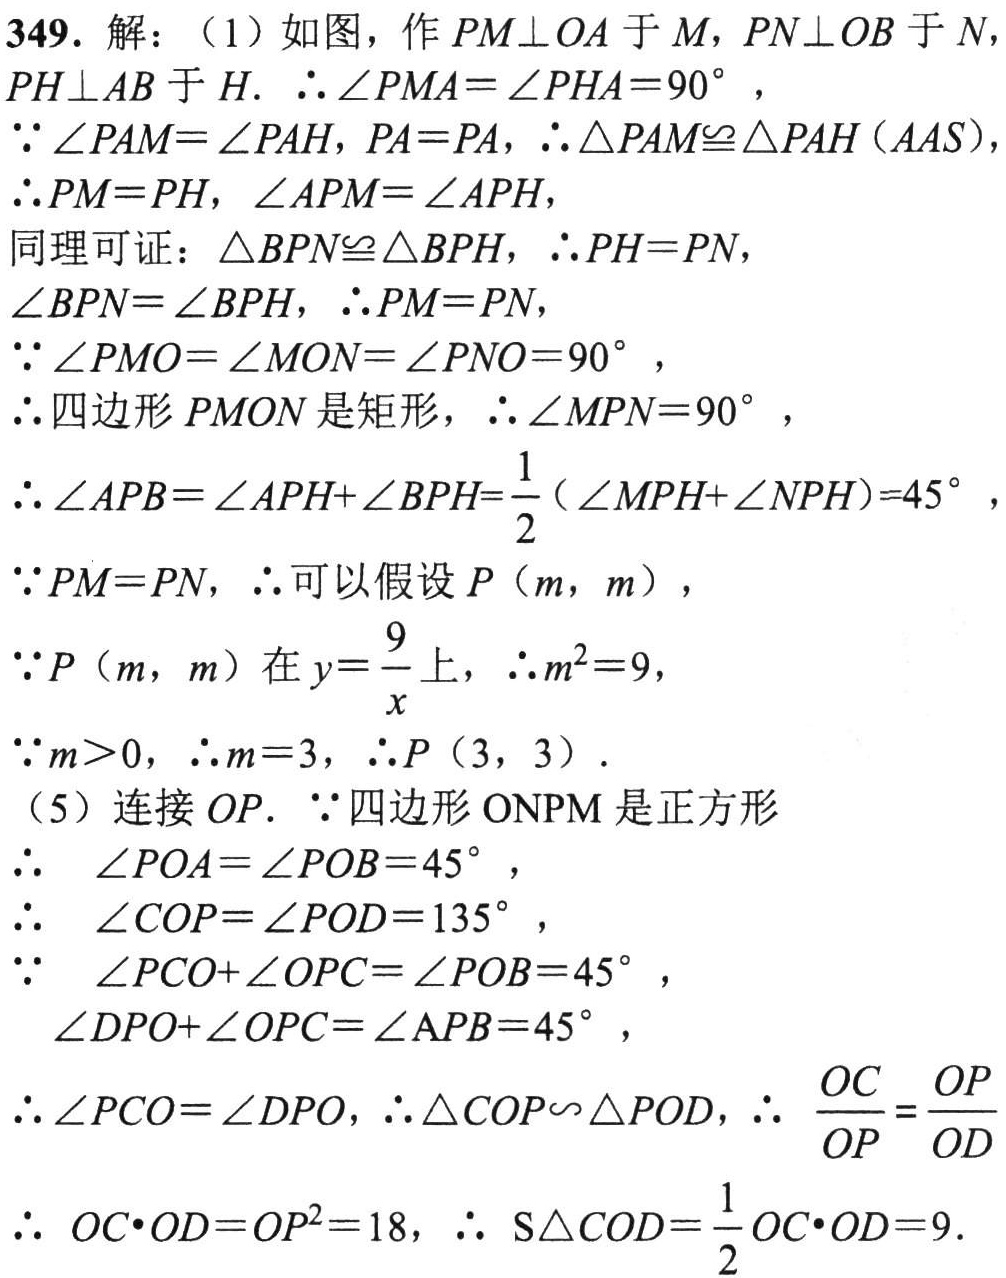
349. 解：（1）如图，作 \(PM\perp OA\) 于 \(M\)，\(PN\perp OB\) 于 \(N\)，\(PH\perp AB\) 于 \(H\). \(\therefore\angle PMA = \angle PHA = 90^{\circ}\)，

\(\because\angle PAM=\angle PAH\)，\(PA = PA\)，\(\therefore\triangle PAM\cong\triangle PAH(AAS)\)，

\(\therefore PM = PH\)，\(\angle APM=\angle APH\)，

同理可证：\(\triangle BPN\cong\triangle BPH\)，\(\therefore PH = PN\)，

\(\angle BPN=\angle BPH\)，\(\therefore PM = PN\)，

\(\because\angle PMO=\angle MON=\angle PNO = 90^{\circ}\)，

\(\therefore\)四边形 \(PMON\) 是矩形，\(\therefore\angle MPN = 90^{\circ}\)，

\(\therefore\angle APB=\angle APH+\angle BPH=\frac{1}{2}(\angle MPH+\angle NPH)=45^{\circ}\)，

\(\because PM = PN\)，\(\therefore\)可以假设 \(P(m,m)\)，

\(\because P(m,m)\) 在 \(y = \frac{9}{x}\) 上，\(\therefore m^{2}=9\)，

\(\because m>0\)，\(\therefore m = 3\)，\(\therefore P(3,3)\).

（5）连接 \(OP\). \(\because\)四边形 \(ONPM\) 是正方形

\(\therefore\) \(\angle POA=\angle POB = 45^{\circ}\)，

\(\therefore\) \(\angle COP=\angle POD = 135^{\circ}\)，

\(\because\) \(\angle PCO+\angle OPC=\angle POB = 45^{\circ}\)，

\(\angle DPO+\angle OPC=\angle APB = 45^{\circ}\)，

\(\therefore\angle PCO=\angle DPO\)，\(\therefore\triangle COP\sim\triangle POD\)，\(\therefore\) \(\frac{OC}{OP}=\frac{OP}{OD}\)

\(\therefore\) \(OC\cdot OD = OP^{2}=18\)，\(\therefore\) \(S_{\triangle COD}=\frac{1}{2}OC\cdot OD = 9\).